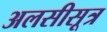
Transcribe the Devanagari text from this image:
अलसीसूत्र